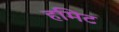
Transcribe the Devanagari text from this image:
हमिट